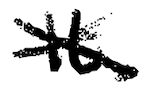
Text: It
Cross-out: cross
Writing tool: digital_black